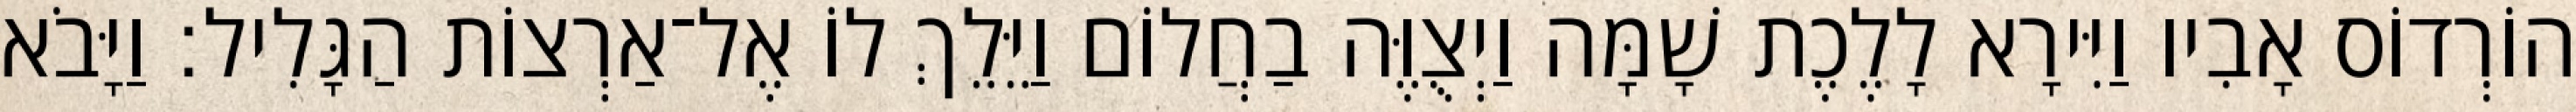
הוֹרְדוֹס אָבִיו וַיִּירָא לָלֶכֶת שָׁמָּה וַיְצֻוֶּה בַחֲלוֹם וַיֵּלֵךְ לוֹ אֶל־אַרְצוֹת הַגָּלִיל׃ וַיָּבֹא